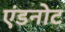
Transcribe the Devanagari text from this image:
एंडनोट